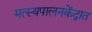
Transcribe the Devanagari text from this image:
मत्स्यपालनकेंद्रात